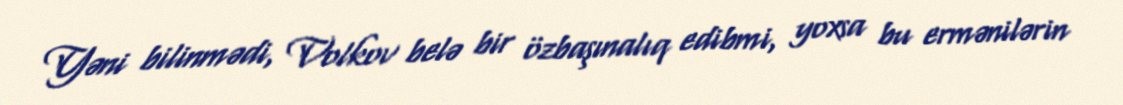
Yəni bilinmədi, Volkov belə bir özbaşınalıq edibmi, yoxsa bu ermənilərin